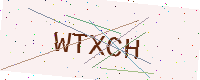
Text: WTXCH